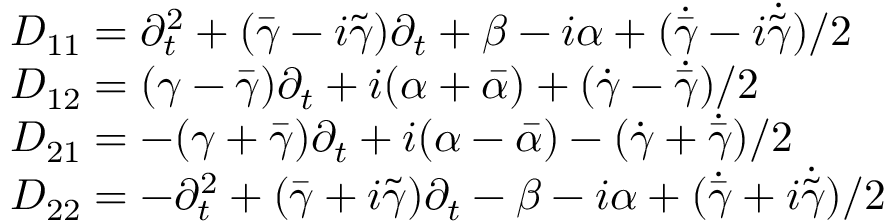
\begin{array} { l } { { { \cal D } _ { 1 1 } = \partial _ { t } ^ { 2 } + ( \bar { \gamma } - i \tilde { \gamma } ) \partial _ { t } + \beta - i \alpha + ( \dot { \bar { \gamma } } - i \dot { \tilde { \gamma } } ) / 2 } } \\ { { { \cal D } _ { 1 2 } = ( \gamma - \bar { \gamma } ) \partial _ { t } + i ( \alpha + \bar { \alpha } ) + ( \dot { \gamma } - \dot { \bar { \gamma } } ) / 2 } } \\ { { { \cal D } _ { 2 1 } = - ( \gamma + \bar { \gamma } ) \partial _ { t } + i ( \alpha - \bar { \alpha } ) - ( \dot { \gamma } + \dot { \bar { \gamma } } ) / 2 } } \\ { { { \cal D } _ { 2 2 } = - \partial _ { t } ^ { 2 } + ( \bar { \gamma } + i \tilde { \gamma } ) \partial _ { t } - \beta - i \alpha + ( \dot { \bar { \gamma } } + i \dot { \tilde { \gamma } } ) / 2 } } \end{array}